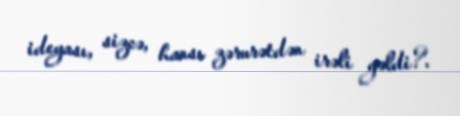
ideyası, sizcə, hansı zərurətdən irəli gəldi?.